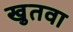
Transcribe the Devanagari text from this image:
खुतवा